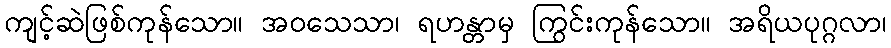
ကျင့်ဆဲဖြစ်ကုန်သော။ အဝသေသာ၊ ရဟန္တာမှ ကြွင်းကုန်သော။ အရိယပုဂ္ဂလာ၊